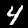
Digit: 4